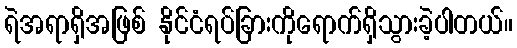
ရဲအရာရှိအဖြစ် နိုင်ငံရပ်ခြားကိုရောက်ရှိသွားခဲ့ပါတယ်။